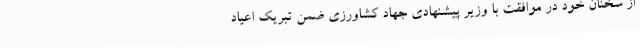
از سخنان خود در موافقت با وزیر پیشنهادی جهاد کشاورزی ضمن تبریک اعیاد